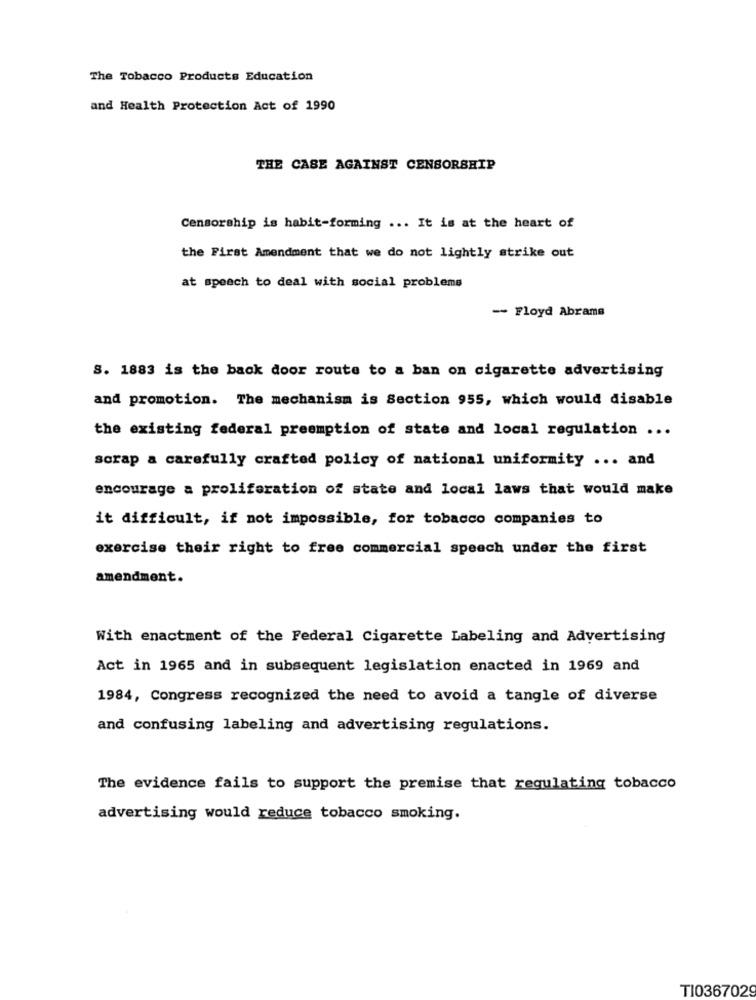
The Tobacco Products Education
and Health Protection Act of 1990
THE CASE AGAINST CENSORSHIP
Censorship is habit-forming ... It is at the heart of
the First Amendment that we do not lightly strike out
at speech to deal with social problems
- Floyd Abrams
S. 1883 is the back door route to a ban on cigarette advertising
and promotion. The mechanism is Section 955, which would disable
the existing federal preemption of state and local regulation ...
scrap a carefully crafted policy of national uniformity ... and
encourage a proliferation of state and local laws that would make
it difficult, if not impossible, for tobacco companies to
exercise their right to free commercial speech under the first
amendment.
With enactment of the Federal Cigarette Labeling and Advertising
Act in 1965 and in subsequent legislation enacted in 1969 and
1984, Congress recognized the need to avoid a tangle of diverse
and confusing labeling and advertising regulations.
The evidence fails to support the premise that regulating tobacco
advertising would reduce tobacco smoking.
T10367029